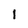
Character: l